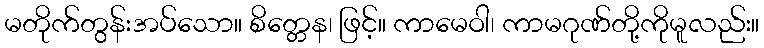
မတိုက်တွန်းအပ်သော။ စိတ္တေန၊ ဖြင့်။ ကာမေဝါ၊ ကာမဂုဏ်တို့ကိုမူလည်း။